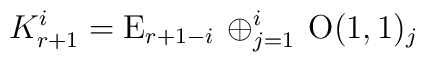
K^{i}_{r+1}=\mathrm{E}_{r+1-i}\, \oplus_{j=1}^{i} \, \mathrm{O}(1,1)_j